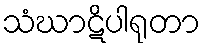
သံဃာဋိပါရုတာ